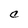
Character: C